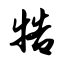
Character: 牿